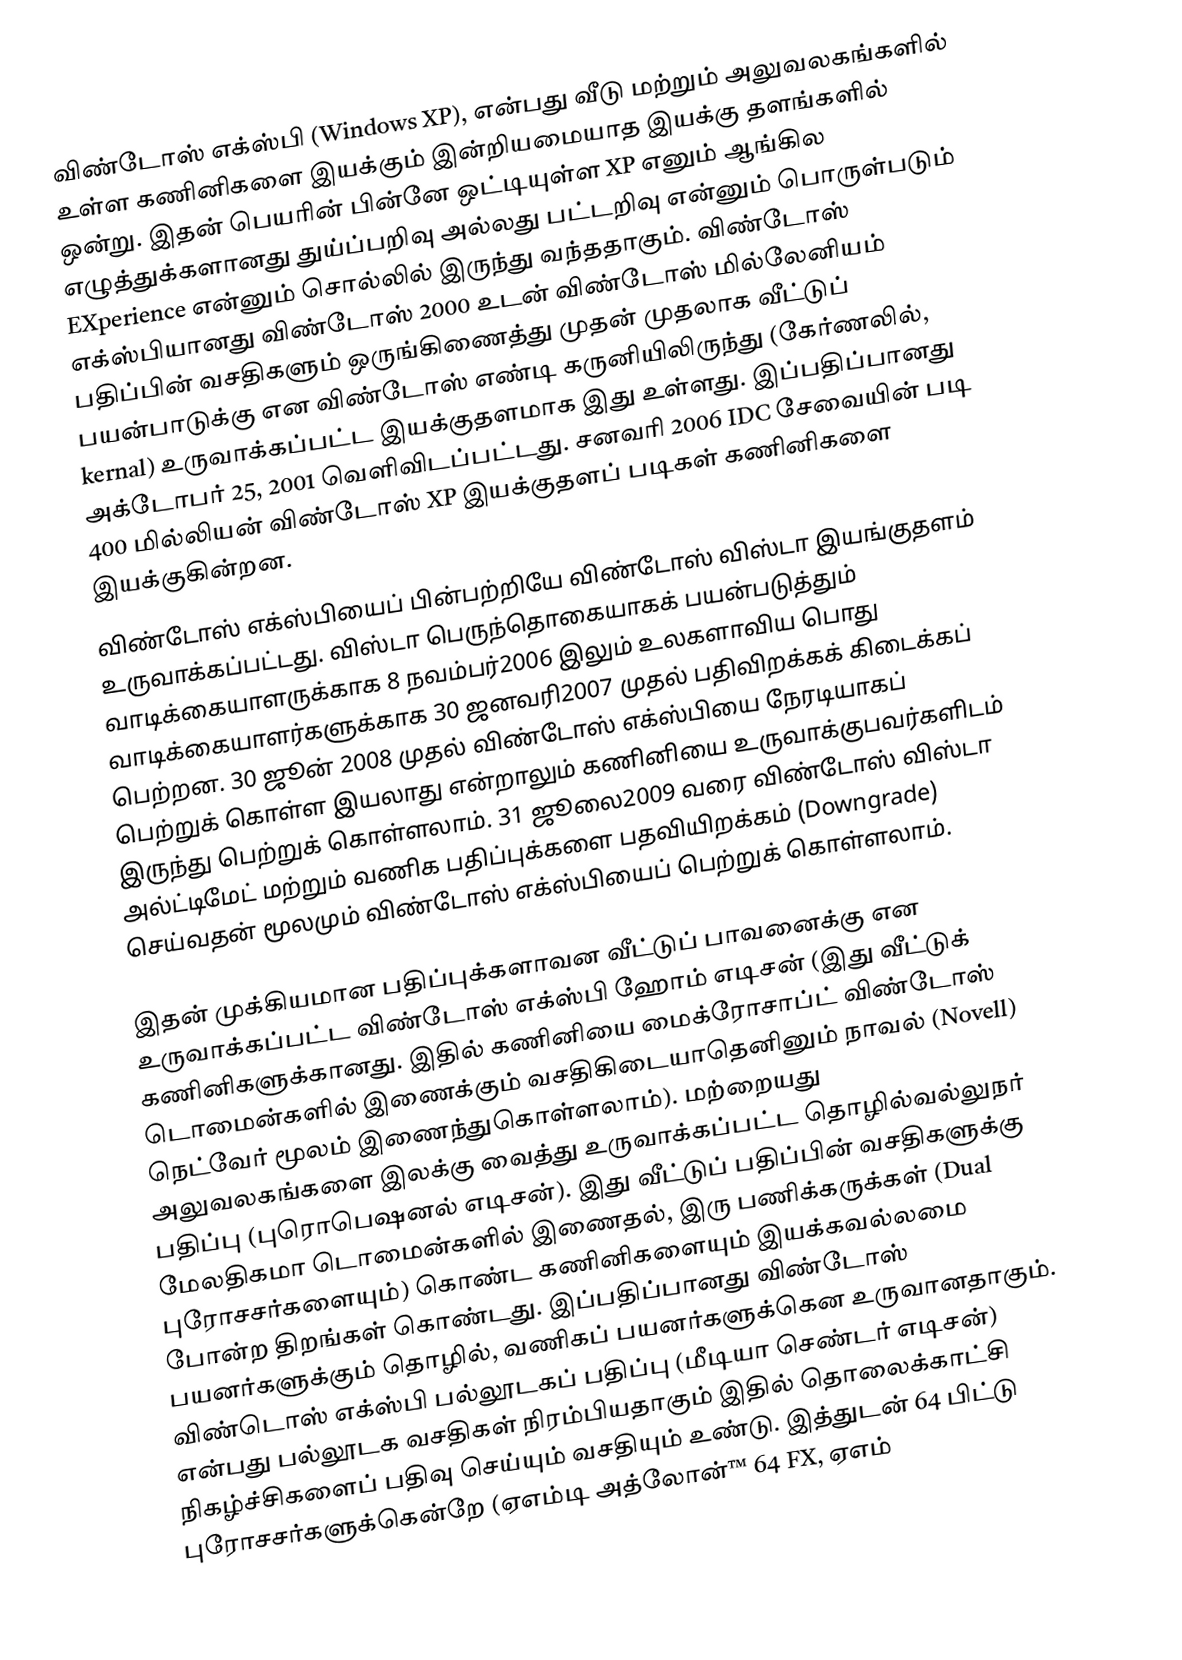
விண்டோஸ் எக்ஸ்பி (Windows XP), என்பது வீடு மற்றும் அலுவலகங்களில் உள்ள கணினிகளை இயக்கும் இன்றியமையாத இயக்கு தளங்களில் ஒன்று. இதன் பெயரின் பின்னே ஒட்டியுள்ள XP எனும் ஆங்கில எழுத்துக்களானது துய்ப்பறிவு அல்லது பட்டறிவு என்னும் பொருள்படும் EXperience என்னும் சொல்லில் இருந்து வந்ததாகும். விண்டோஸ் எக்ஸ்பியானது விண்டோஸ் 2000 உடன் விண்டோஸ் மில்லேனியம் பதிப்பின் வசதிகளும் ஒருங்கிணைத்து முதன் முதலாக வீட்டுப் பயன்பாடுக்கு என விண்டோஸ் எண்டி கருனியிலிருந்து (கேர்ணலில், kernal) உருவாக்கப்பட்ட இயக்குதளமாக இது உள்ளது. இப்பதிப்பானது அக்டோபர் 25, 2001 வெளிவிடப்பட்டது. சனவரி 2006 IDC சேவையின் படி 400 மில்லியன் விண்டோஸ் XP இயக்குதளப் படிகள் கணினிகளை இயக்குகின்றன.
விண்டோஸ் எக்ஸ்பியைப் பின்பற்றியே விண்டோஸ் விஸ்டா இயங்குதளம் உருவாக்கப்பட்டது. விஸ்டா பெருந்தொகையாகக் பயன்படுத்தும் வாடிக்கையாளருக்காக 8 நவம்பர்2006 இலும் உலகளாவிய பொது வாடிக்கையாளர்களுக்காக 30 ஜனவரி2007 முதல் பதிவிறக்கக் கிடைக்கப் பெற்றன. 30 ஜூன் 2008 முதல் விண்டோஸ் எக்ஸ்பியை நேரடியாகப் பெற்றுக் கொள்ள இயலாது என்றாலும் கணினியை உருவாக்குபவர்களிடம் இருந்து பெற்றுக் கொள்ளலாம். 31 ஜூலை2009 வரை விண்டோஸ் விஸ்டா அல்ட்டிமேட் மற்றும் வணிக பதிப்புக்களை பதவியிறக்கம் (Downgrade) செய்வதன் மூலமும் விண்டோஸ் எக்ஸ்பியைப் பெற்றுக் கொள்ளலாம்.

இதன் முக்கியமான பதிப்புக்களாவன வீட்டுப் பாவனைக்கு என உருவாக்கப்பட்ட விண்டோஸ் எக்ஸ்பி ஹோம் எடிசன் (இது வீட்டுக் கணினிகளுக்கானது. இதில் கணினியை மைக்ரோசாப்ட் விண்டோஸ் டொமைன்களில் இணைக்கும் வசதிகிடையாதெனினும் நாவல் (Novell) நெட்வேர் மூலம் இணைந்துகொள்ளலாம்). மற்றையது அலுவலகங்களை இலக்கு வைத்து உருவாக்கப்பட்ட தொழில்வல்லுநர் பதிப்பு (புரொபெஷனல் எடிசன்). இது வீட்டுப் பதிப்பின் வசதிகளுக்கு மேலதிகமா டொமைன்களில் இணைதல், இரு பணிக்கருக்கள் (Dual புரோசசர்களையும்) கொண்ட கணினிகளையும் இயக்கவல்லமை போன்ற திறங்கள் கொண்டது.  இப்பதிப்பானது விண்டோஸ் பயனர்களுக்கும் தொழில், வணிகப் பயனர்களுக்கென உருவானதாகும். விண்டொஸ் எக்ஸ்பி பல்லூடகப் பதிப்பு (மீடியா செண்டர் எடிசன்) என்பது பல்லூடக வசதிகள் நிரம்பியதாகும் இதில் தொலைக்காட்சி நிகழ்ச்சிகளைப் பதிவு செய்யும் வசதியும் உண்டு. இத்துடன் 64 பிட்டு புரோசசர்களுக்கென்றே (ஏஎம்டி அத்லோன்™ 64 FX, ஏஎம்